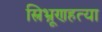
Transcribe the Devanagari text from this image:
स्त्रिभ्रूणहत्या